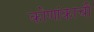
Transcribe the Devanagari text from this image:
कोणांकाची